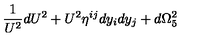
\frac { 1 } { U ^ { 2 } } d U ^ { 2 } + U ^ { 2 } \eta ^ { i j } d y _ { i } d y _ { j } + d \Omega _ { 5 } ^ { 2 }